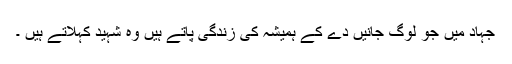
جہاد میں جو لوگ جانیں دے کے ہمیشہ کی زندگی پاتے ہیں وہ شہید کہلاتے ہیں ۔